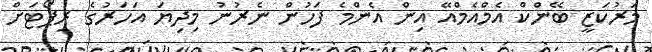
މަރުކަޒީ ބޭންކް އެމްއެމްއޭ އިން އެންމެ ފަހުން ނެރުނު މިދިޔަ އަހަރުގެ ރިޕޯޓަށް